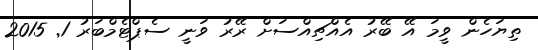
ތިޔަހެން ވީމަ އޭ ބޭރު އެއްޗިއްސަށް ރޭރު ވަނީ ސެޕްޓެމްބަރު 1